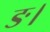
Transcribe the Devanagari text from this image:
ङ।